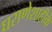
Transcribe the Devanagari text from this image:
घराणेशाहीके